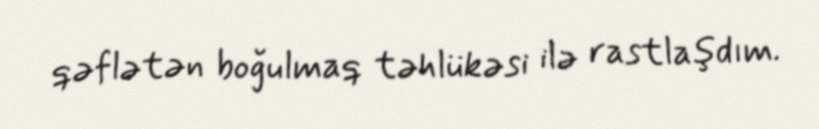
qəflətən boğulmaq təhlükəsi ilə rastlaşdım.